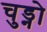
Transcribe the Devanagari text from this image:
चुड्नो